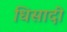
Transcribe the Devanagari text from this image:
धिसादी